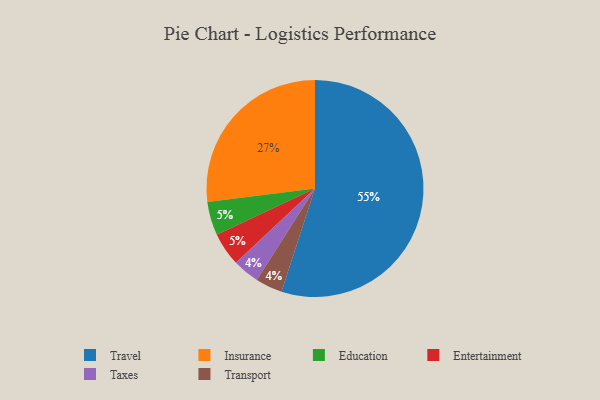
{"axis": {"x": "Category", "y": "Percentage"}, "legend": ["Education", "Entertainment", "Insurance", "Taxes", "Transport", "Travel"], "data": [{"x": "Taxes", "y": 4, "type": "Taxes"}, {"x": "Travel", "y": 55, "type": "Travel"}, {"x": "Education", "y": 5, "type": "Education"}, {"x": "Transport", "y": 4, "type": "Transport"}, {"x": "Entertainment", "y": 5, "type": "Entertainment"}, {"x": "Insurance", "y": 27, "type": "Insurance"}]}